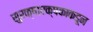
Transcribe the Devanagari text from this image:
सुरक्षारक्षकांकडून